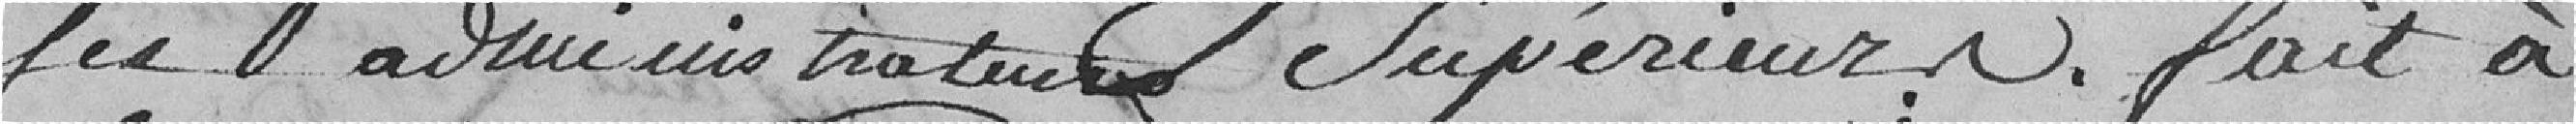
ses administrations supérieures. Fait à